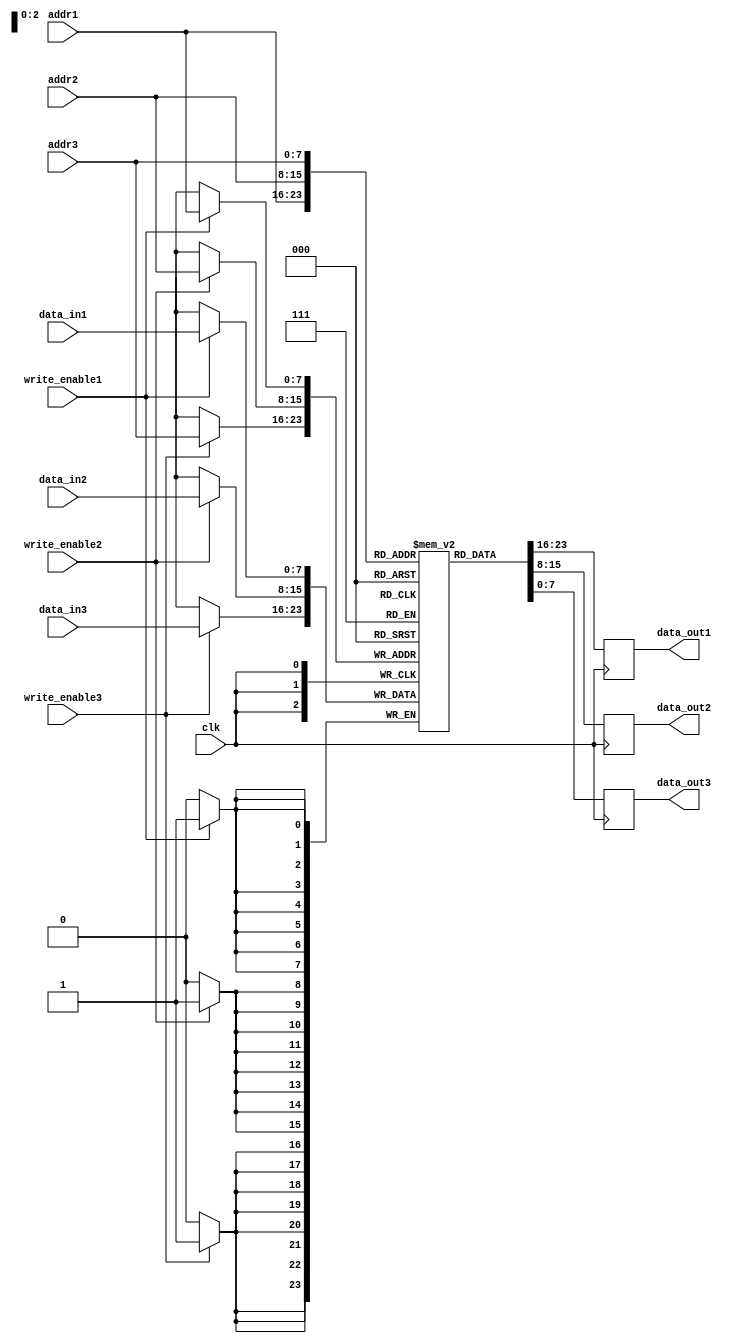
module triple_port_register_file (
    input wire clk,
    input wire [7:0] addr1,
    input wire [7:0] addr2,
    input wire [7:0] addr3,
    input wire [7:0] data_in1,
    input wire [7:0] data_in2,
    input wire [7:0] data_in3,
    input wire write_enable1,
    input wire write_enable2,
    input wire write_enable3,
    output reg [7:0] data_out1,
    output reg [7:0] data_out2,
    output reg [7:0] data_out3
);

reg [7:0] memory [0:255];

always @(posedge clk) begin
    if(write_enable1)
        memory[addr1] <= data_in1;
    if(write_enable2)
        memory[addr2] <= data_in2;
    if(write_enable3)
        memory[addr3] <= data_in3;
    
    data_out1 <= memory[addr1];
    data_out2 <= memory[addr2];
    data_out3 <= memory[addr3];
end

endmodule